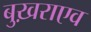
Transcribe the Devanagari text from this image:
बुख़राएव